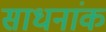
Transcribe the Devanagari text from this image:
साधनांक